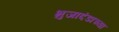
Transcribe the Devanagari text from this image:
भुजादंडाच्या